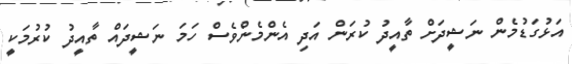
އަޅުގަޑުމެން ނަޝީދަށް ތާއީދު ކުރަން އަދި އެންމެންވެސް ހަމަ ނަޝީދައް ތާއީދު ކުރުމަކީ